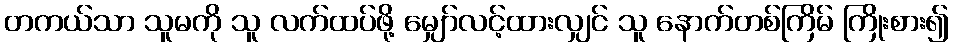
တကယ်သာ သူမကို သူ လက်ထပ်ဖို့ မျှော်လင့်ထားလျှင် သူ နောက်တစ်ကြိမ် ကြိုးစား၍